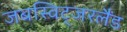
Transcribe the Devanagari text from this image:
जबस्विट्जरलैंड